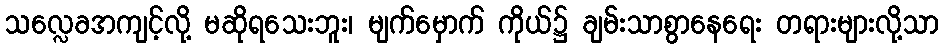
သလ္လေခအကျင့်လို့ မဆိုရသေးဘူး၊ မျက်မှောက် ကိုယ်၌ ချမ်းသာစွာနေရေး တရားများလို့သာ